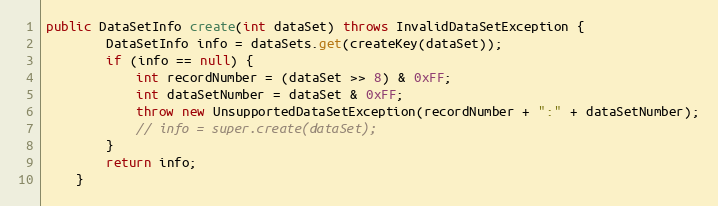
Language: Java
public DataSetInfo create(int dataSet) throws InvalidDataSetException {
		DataSetInfo info = dataSets.get(createKey(dataSet));
		if (info == null) {
			int recordNumber = (dataSet >> 8) & 0xFF;
			int dataSetNumber = dataSet & 0xFF;
			throw new UnsupportedDataSetException(recordNumber + ":" + dataSetNumber);
			// info = super.create(dataSet);
		}
		return info;
	}